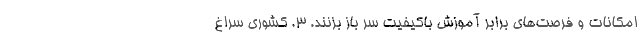
امکانات و فرصت‌های برابر آموزش باکیفیت سر باز بزنند. ۳. کشوری سراغ